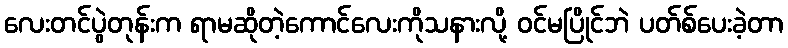
လေးတင်ပွဲတုန်းက ရာမဆိုတဲ့ကောင်လေးကိုသနားလို့ ဝင်မပြိုင်ဘဲ ပတ်စ်ပေးခဲ့တာ